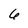
Character: 6